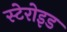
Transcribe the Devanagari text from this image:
स्टेरोइड